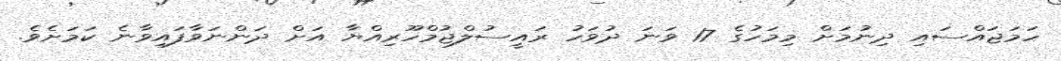
ހަމަޖައްސައި ދިނުމަށް މިމަހުގެ 17 ވަނަ ދުވަހު ރައީސުލްޖުމްހޫރިއްޔާ އަށް ދަންނަވާފައިވާނެ ކަމަށެވެ.